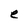
Character: e